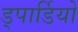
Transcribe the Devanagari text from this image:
ड्पार्डियो